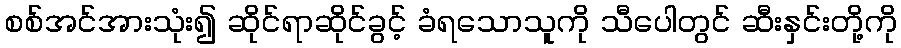
စစ်အင်အားသုံး၍ ဆိုင်ရာဆိုင်ခွင့် ခံရသောသူကို သီပေါတွင် ဆီးနှင်းတို့ကို